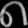
Digit: ၈